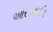
આસઆઈડ